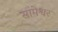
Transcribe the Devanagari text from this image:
सामेश्वर